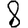
Digit: 8